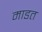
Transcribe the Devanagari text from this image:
माडत